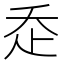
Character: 𧺆